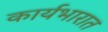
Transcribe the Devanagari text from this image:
कार्यभारात